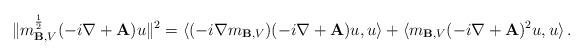
LaTeX: \begin{align*}\| m_{\mathbf{B},V}^\frac 12 (-i \nabla + \mathbf{A}) u\|^2=\langle (-i\nabla m_{\mathbf{B},V})(-i\nabla+\mathbf{A})u,u\rangle+\langle m_{\mathbf{B},V}(-i\nabla+\mathbf{A})^2u,u\rangle\,.\end{align*}